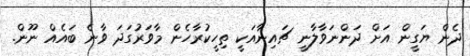
ދެން ޔަގީން އަށް ދަންނަވާލާނީ ޗައިނާއަކީ ތިހީކުރާހެން މާވަރުގަދަ ވާނެ ބައެއް ނޫން.